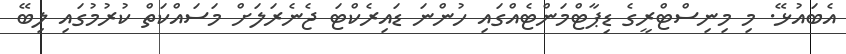
އެބައުޅޭ. މި މިނިސްޓްރީގެ ޑިޕާޓްމަންޓެއްގައި ހުންނަ ޑައިރެކްޓަ ޖެނެރަލަށް މަސައްކަތް ކުރުމުގައި ލިބޭ